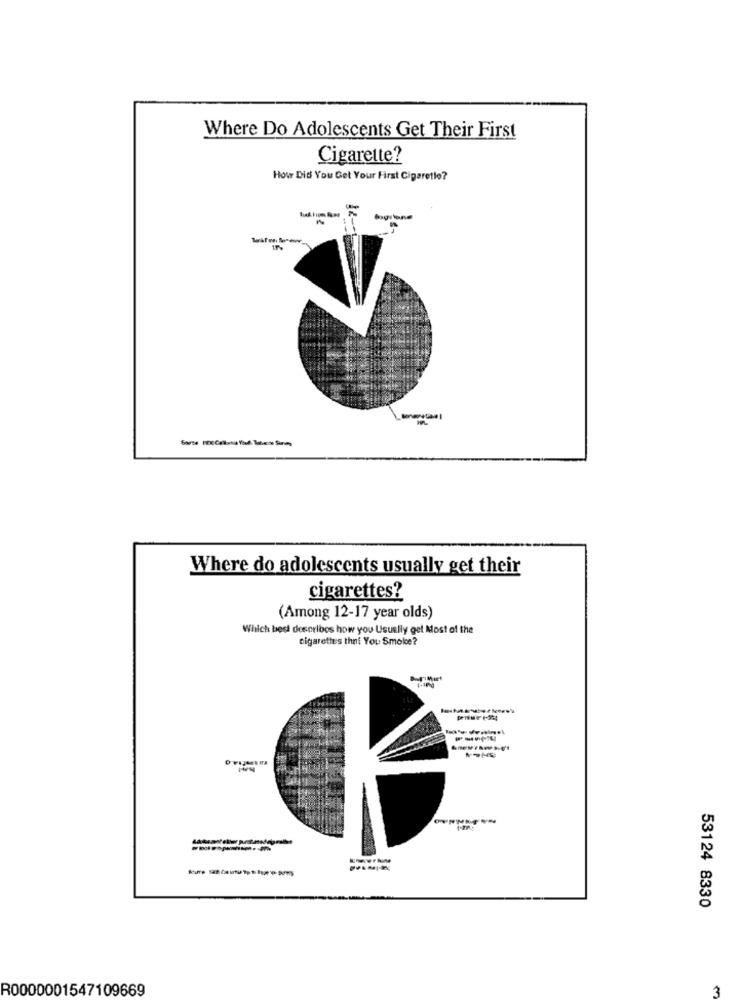
Where Do Adolescents Get Their First
Cigarette?
How Did You Get Your First Cigaretle?
agitne
15%
Where do adolescents usually get their
cigarettes?
(Among 12-17 year olds)
Which best describes how you Usually get Most of the
cigarettes that You Smoke?
---------
53124 8330
R0000001547109669
3